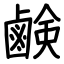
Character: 鹸